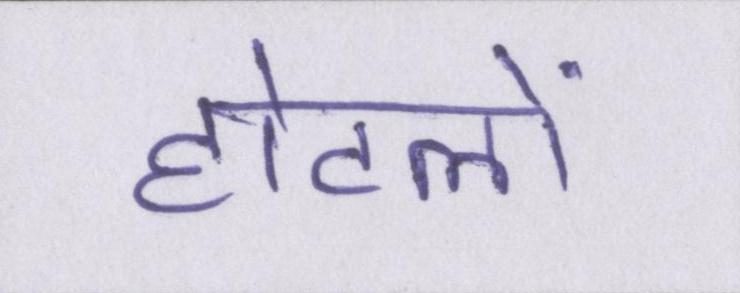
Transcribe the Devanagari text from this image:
होटलों